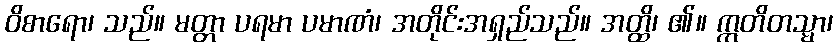
ဝိစာရော၊ သည်။ မတ္တာ ပရမာ ပမာဏံ၊ အတိုင်းအရှည်သည်။ အတ္ထိ၊ ၏။ ဣတိတသ္မာ၊